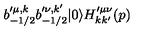
b _ { - 1 / 2 } ^ { \prime \mu , k } b _ { - 1 / 2 } ^ { \prime \nu , k ^ { \prime } } | 0 \rangle H _ { k k ^ { \prime } } ^ { \prime \mu \nu } ( p )